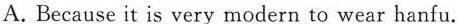
A. Because it is very modern to wear hanfu.